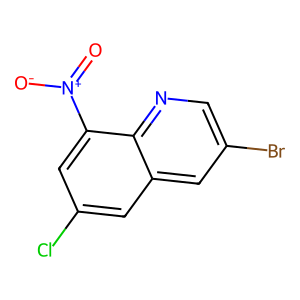
SMILES: O=[N+]([O-])c1cc(Cl)cc2cc(Br)cnc12
Inhibits HIV replication: No